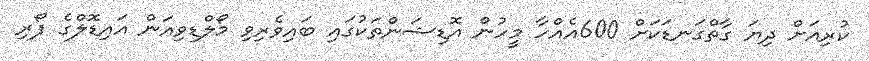
ކުރިއަށް ދިޔަ ގާތްގަނޑަކަށް 600އެއްހާ މީހުން އޮޑިޝަންތަކުގައި ބައިވެރިވި މޯލްޑިވިއަން އައިޑޮލްގެ ފޯރި